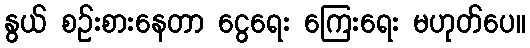
နွယ် စဉ်းစားနေတာ ငွေရေး ကြေးရေး မဟုတ်ပေ။